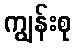
ကျွန်းစု